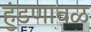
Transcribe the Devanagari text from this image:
हुंडणावळ